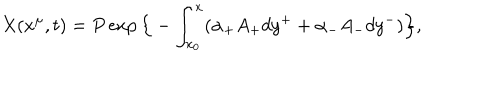
X ( x ^ { \mu } , t ) = P \exp \Big \{ - \int _ { x _ { 0 } } ^ { x } ( \alpha _ { + } A _ { + } d y ^ { + } + \alpha _ { - } A _ { - } d y ^ { - } ) \Big \} ,